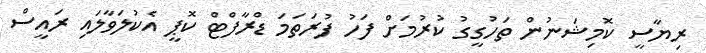
ރިޔާސީ ކޮމިޝަނުން ތަހުގީގު ކުރުމަށް ފަހު ފުރަތަމަ ޑްރާފްޓް ކޮޕީ އެކުލަވާލައި ރައީސް